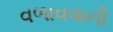
વળાવવાની